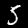
Label: 5